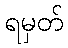
ရမှတ်